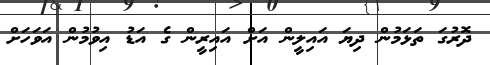
ދޮރުގަ ތަޅަމުން ދިޔަ އައިލީން އަށް އައިރީން ގެ އަޑު އިވުމުން އަވަހަށް